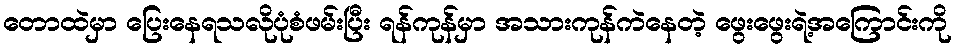
တောထဲမှာ ပြေးနေရသလိုပုံစံဖမ်းပြီး ရန်ကုန်မှာ အသားကုန်ကဲနေတဲ့ ဖွေးဖွေးရဲ့အကြောင်းကို